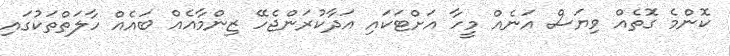
ކޮންމެ ގޮތެއް ވިޔަސް އަނެއް މީހާ އަށްޓަކައި އަދާކުރަންޖެހޭ ޒިންމާއެއް ބައެއް ހާލަތްތަކުގައި